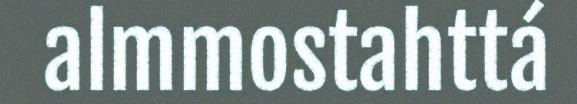
almmostahttá